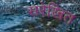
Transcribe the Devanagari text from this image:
सरेखित